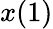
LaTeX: x(1)